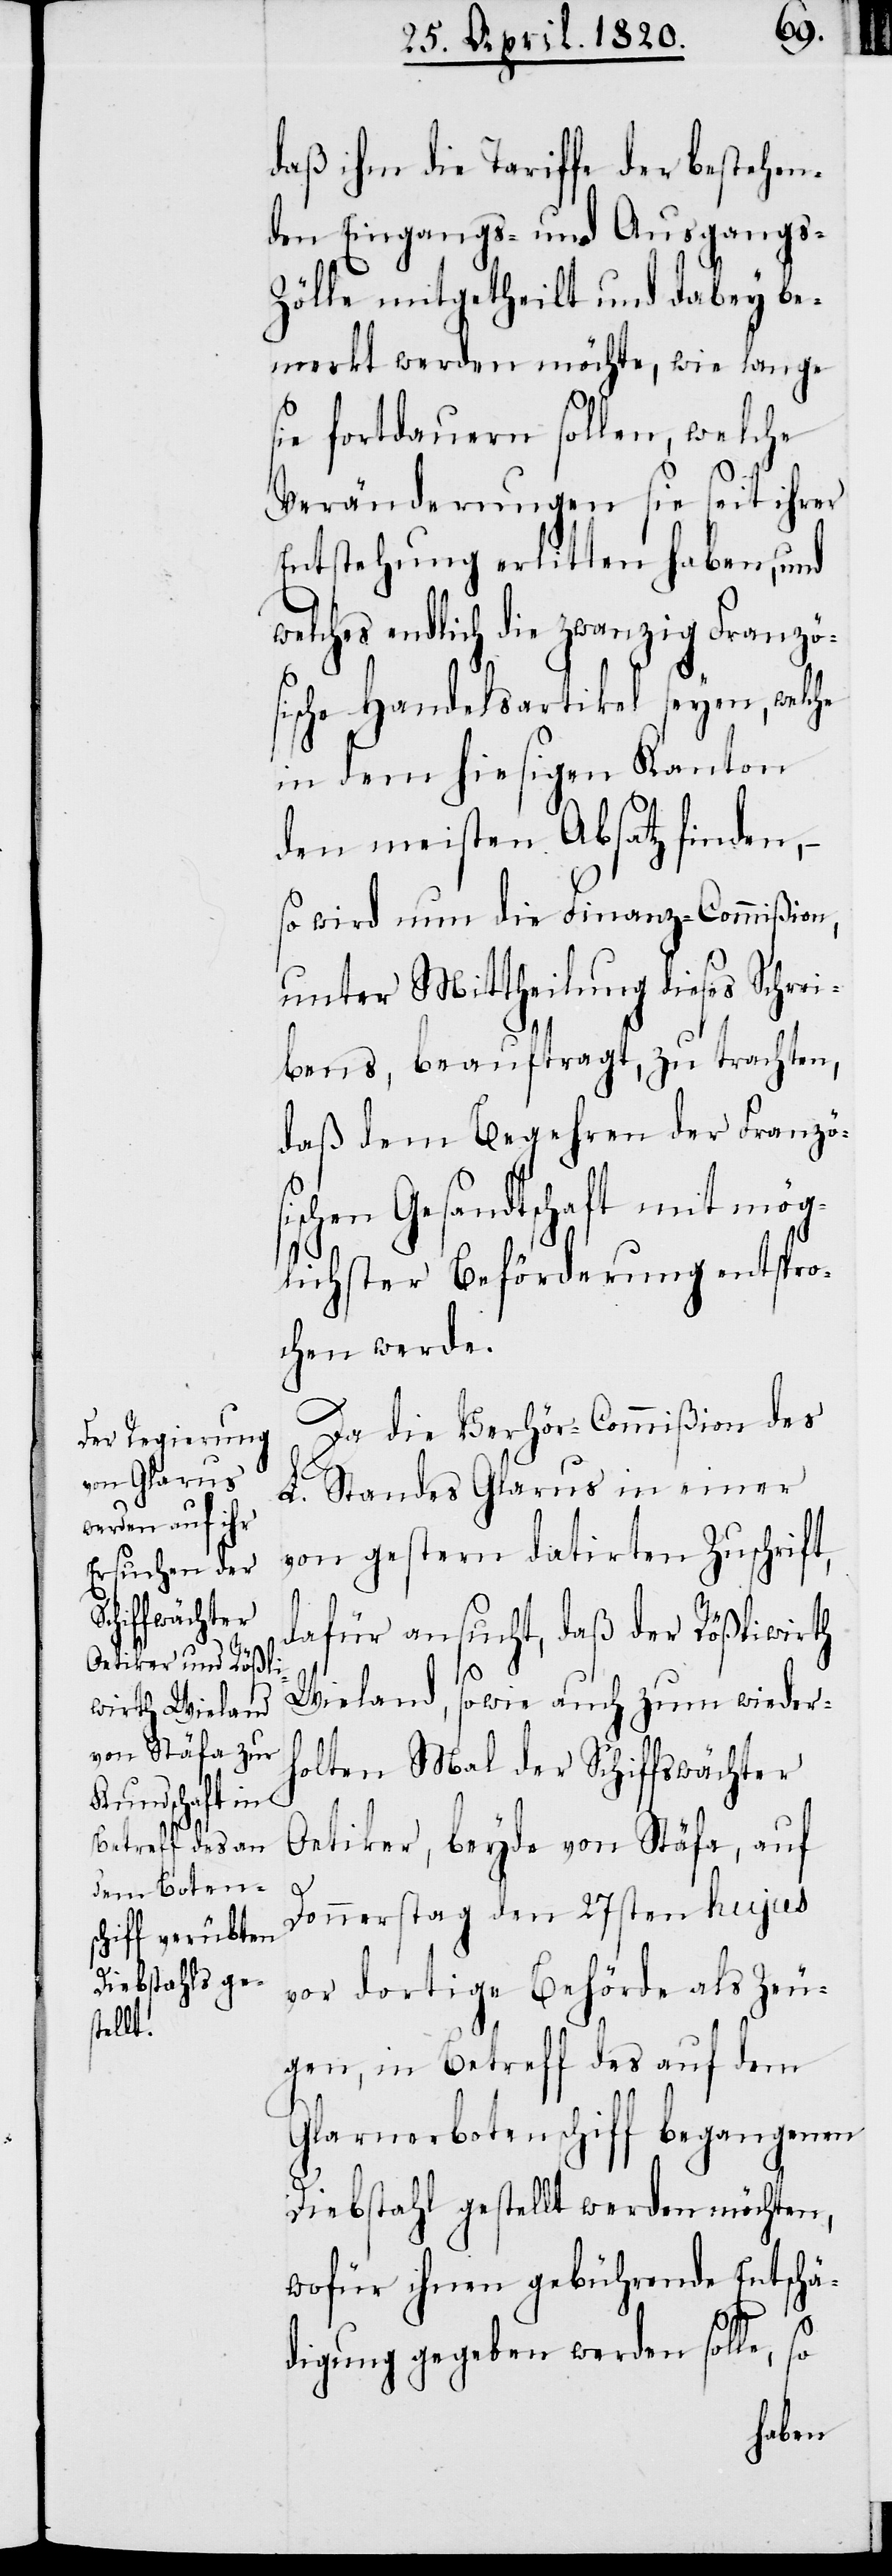
daß ihm die Tariffe der bestehen¬
den Eingangs- und Ausgangs-Z¬
ölle mitgetheilt und dabey be¬
merkt werden möchte, wie lange
sie fortdauern sollen, welche
Veränderungen sie seit ihrer
Entstehung erlitten haben, und
welches endlich die zwanzig Französ¬
ische Handelsartikel seyen, welche
in dem hiesigen Kanton
den meisten Absatz finden,
so wird nun die Finanz-Commißon,
unter Mittheilung dieses Schrei¬
bens, beauftragt, zu trachten,
daß dem Begehren der Französ¬
ischen Gesandtschaft mit mög¬
lichster Beförderung entspro¬
chen werde.
Da die Verhör-Commißion des
L. Standes Glarus in einer
von gestern datirten Zuschrift,
dafür ansucht, daß der Rößliwirth
Wieland, sowie auch zum wieder¬
holten Mal der Schiffwächter
Oetiker, beyde von Stäfa, auf
e,
Donnerstag den 27sten hujus
vor dortige Behörde als Zeu¬
gen, in Betreff des auf dem
Glarnerbotenschiff begangenen
Diebstahl gestellt werden möchten,
wofür ihnen gebührende Entschä¬
so
digung gegeben werden soll¬